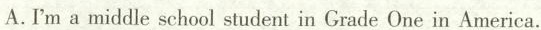
A.I'ma middle school student in Grade One in America.